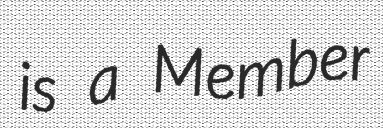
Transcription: is a Member